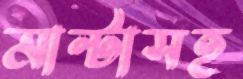
মাল্টাসহ